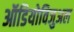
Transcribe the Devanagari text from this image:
ऑडियोविजुअल